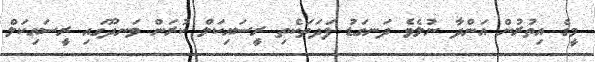
މީގެ އިތުރުން އަންދާ ނުލެވެ ދަނގަޑު ފަދަތަކެތި ރީސައިކަލް ކުރަން ވަނދޫގައި ރީސައިކަލް